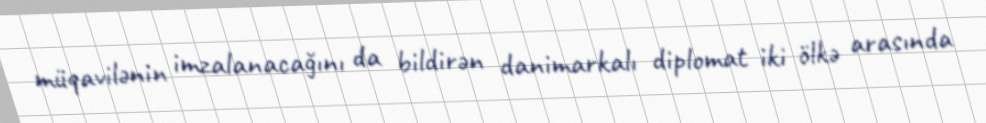
müqavilənin imzalanacağını da bildirən danimarkalı diplomat iki ölkə arasında